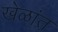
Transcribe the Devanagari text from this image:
खेळांत़